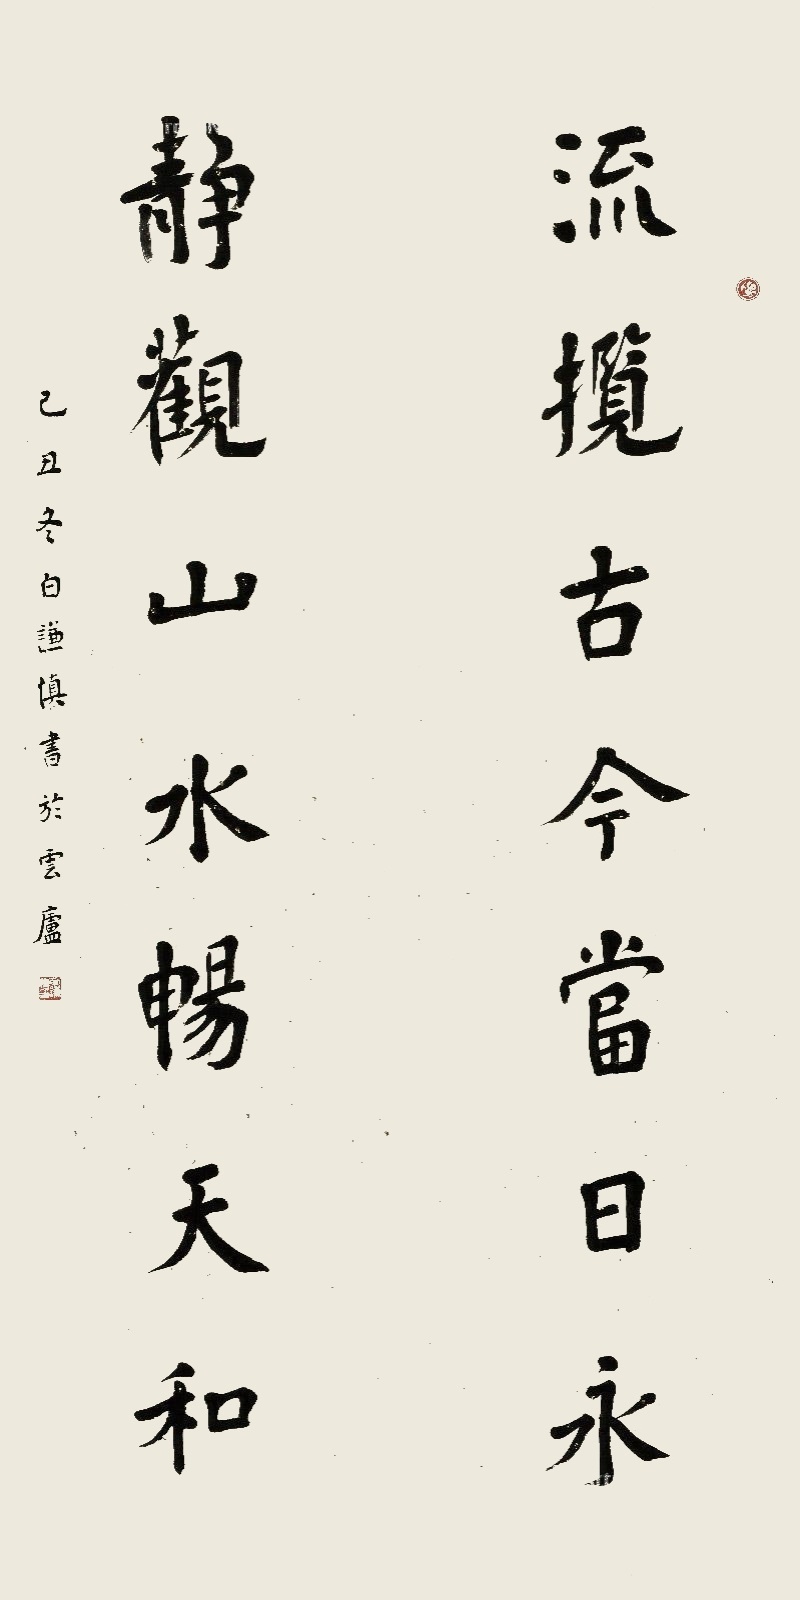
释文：流揽古今当日永，静观山水畅天和。己丑冬白谦慎书于云庐。